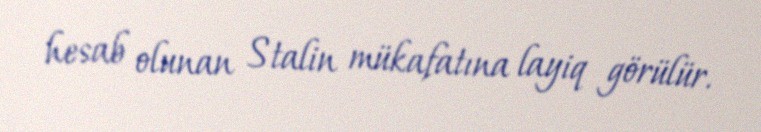
hesab olunan Stalin mükafatına layiq görülür.